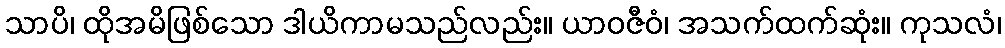
သာပိ၊ ထိုအမိဖြစ်သော ဒါယိကာမသည်လည်း။ ယာဝဇီဝံ၊ အသက်ထက်ဆုံး။ ကုသလံ၊